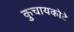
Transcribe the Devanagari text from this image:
कुचायकोटे